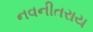
નવનીતરાય